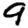
Digit: 9